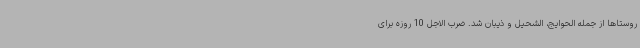
روستاها از جمله الحوایج، الشحیل و ذیبان شد. ضرب الاجل 10 روزه برای